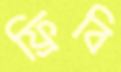
ফ্রিবি